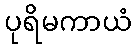
ပုရိမကာယံ